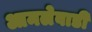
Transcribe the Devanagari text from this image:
आमलेवाडी